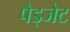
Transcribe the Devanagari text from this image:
पैड्जेट